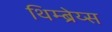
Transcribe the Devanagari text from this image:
थिम्ब्रेय्स